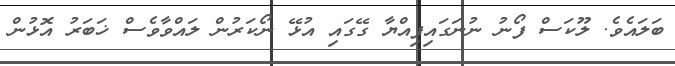
ބަލައެވެ. ލޫކަސް ފޯނު ނުނަގައިފިއްޔާ ގޭގައި އުޅޭ ނޯކަރުން ލައްވާވެސް ޚަބަރު އޮޅުން